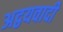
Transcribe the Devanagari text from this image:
अद्वयवादी